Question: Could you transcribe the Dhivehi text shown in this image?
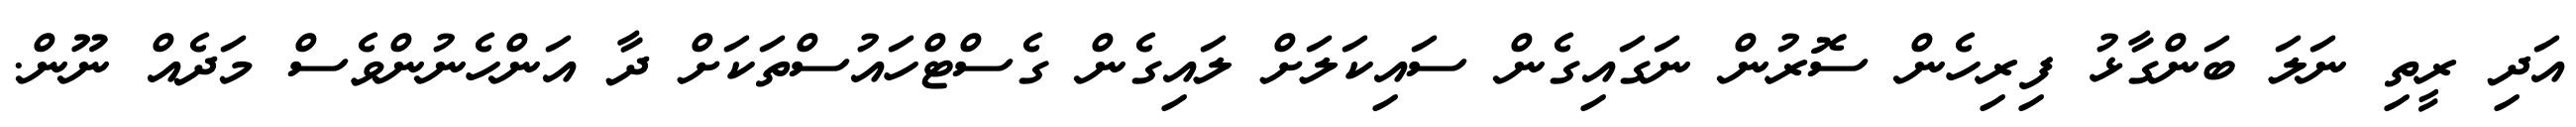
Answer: އަދި ރީތި ނަލަ ބަންގާޅު ފިރިހެން ސޮރުން ނަގައިގެން ސައިކަލަށް ލައިގެން ގެސްޓްހައުސްތަކަށް ދާ އަންހެނުންވެސް މަދެއް ނޫން.